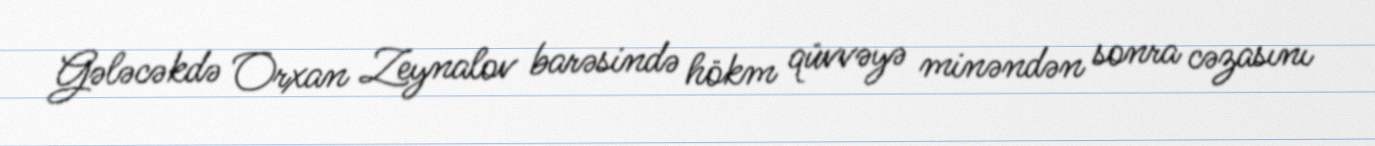
Gələcəkdə Orxan Zeynalov barəsində hökm qüvvəyə minəndən sonra cəzasını